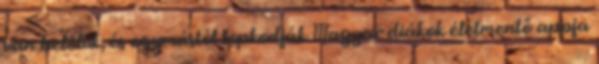
van belőlük, és egymástól lopkodják Magyar diákok életmentő appja